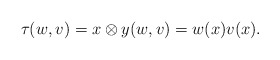
\begin{align*}\tau(w,v)={x\otimes y}(w,v)=w(x)v(x).\end{align*}